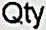
QTY